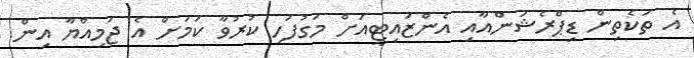
އެ ތަކެތިން ޑިޕްރެޝަންއާއި އެންޒައިޓީއަށް މަގުފަހި ކުރުވާ ކަމަށް އެ ޖަމިއްޔާ އިން